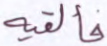
فألقيه